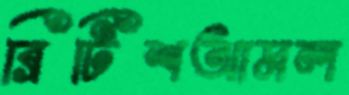
ব্রিটিশআমল